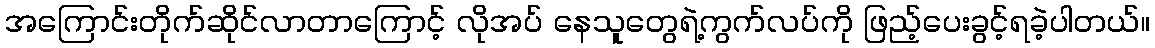
အကြောင်းတိုက်ဆိုင်လာတာကြောင့် လိုအပ် နေသူတွေရဲ့ကွက်လပ်ကို ဖြည့်ပေးခွင့်ရခဲ့ပါတယ်။